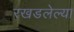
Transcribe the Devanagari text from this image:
रखडलेल्या